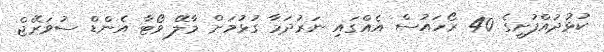
ކުޅުދުއްފުށީގެ 40 ރޯހައުސް އެއްގައި ނަރުދަމާ ގުޅުމަށް މާލޭ ވޯޓާ އެންޑް ސުވަރޭޖް